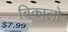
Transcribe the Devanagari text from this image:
बिकालो